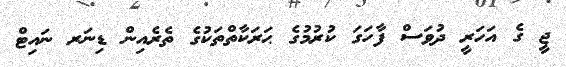
ޖީ ގެ އަހަރީ ދުވަސް ފާހަގަ ކުރުމުގެ ޙަރަކާތްތަކުގެ ތެރެއިން ޑިނަރ ނައިޓް